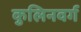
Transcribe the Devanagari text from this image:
कुलिनवर्ग